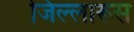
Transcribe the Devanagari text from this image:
जिल्लारूस